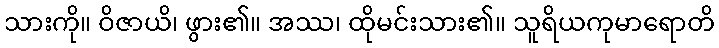
သားကို။ ဝိဇာယိ၊ ဖွား၏။ အဿ၊ ထိုမင်းသား၏။ သူရိယကုမာရောတိ